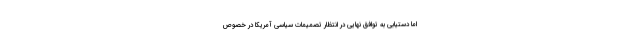
اما دستیابی به توافق نهایی در انتظار تصمیمات سیاسی آمریکا در خصوص